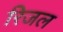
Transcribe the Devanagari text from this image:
रिजल